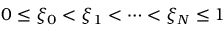
0 \le \xi _ { 0 } < \xi _ { 1 } < \cdots < \xi _ { N } \le 1